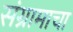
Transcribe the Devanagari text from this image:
संग्रामाचा